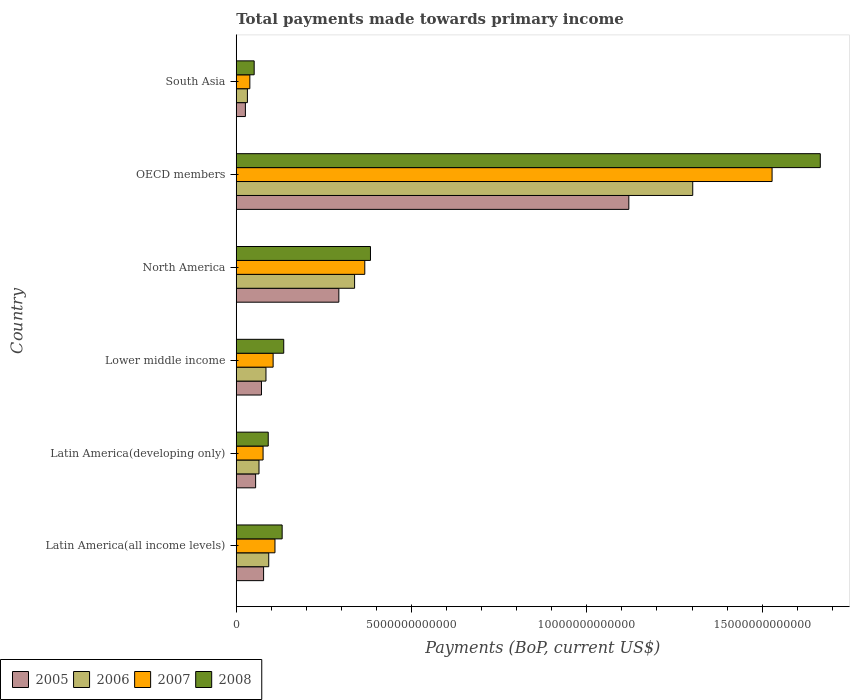
| Country | 2005 | 2006 | 2007 | 2008 |
 | --- | --- | --- | --- | --- |
 | Latin America(all income levels) | 7.8e+11 | 9.27e+11 | 1.1e+12 | 1.31e+12 |
 | Latin America(developing only) | 5.52e+11 | 6.49e+11 | 7.65e+11 | 9.12e+11 |
 | Lower middle income | 7.19e+11 | 8.48e+11 | 1.05e+12 | 1.35e+12 |
 | North America | 2.93e+12 | 3.38e+12 | 3.67e+12 | 3.83e+12 |
 | OECD members | 1.12e+13 | 1.3e+13 | 1.53e+13 | 1.67e+13 |
 | South Asia | 2.61e+11 | 3.18e+11 | 3.88e+11 | 5.11e+11 |